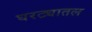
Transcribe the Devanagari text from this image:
घरट्यातल